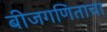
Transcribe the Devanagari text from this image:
बीजगणिताचा